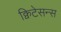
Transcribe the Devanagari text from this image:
क्विटेसन्स